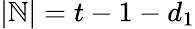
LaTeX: |\mathbb{N}|=t-1-d_{1}